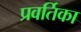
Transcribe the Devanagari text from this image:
प्रवर्तिका